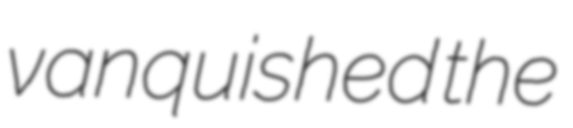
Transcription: vanquished the